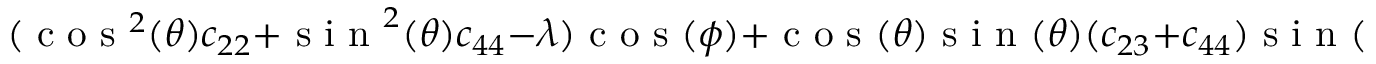
( \textrm { c o s } ^ { 2 } ( \theta ) c _ { 2 2 } + \textrm { s i n } ^ { 2 } ( \theta ) c _ { 4 4 } - \lambda ) \textrm { c o s } ( \phi ) + \textrm { c o s } ( \theta ) \textrm { s i n } ( \theta ) ( c _ { 2 3 } + c _ { 4 4 } ) \textrm { s i n } ( \phi ) = 0